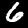
Digit: 6